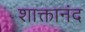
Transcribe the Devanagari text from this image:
शाक्तानंद